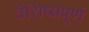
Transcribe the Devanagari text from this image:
वैशिष्यपूर्ण